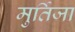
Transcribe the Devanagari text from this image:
मुर्तिजा